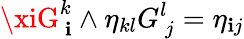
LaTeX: \xiG_{\ \mathbf{i}}^{k}\wedge\eta_{kl}G_{\ j}^{l}=\eta_{\mathbf{i}j}